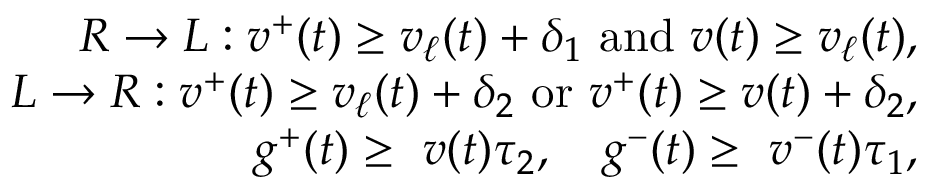
\begin{array} { r } { R \rightarrow L : v ^ { + } ( t ) \geq v _ { \ell } ( t ) + \delta _ { 1 } \ \mathrm { a n d } \ v ( t ) \geq v _ { \ell } ( t ) , } \\ { L \rightarrow R : v ^ { + } ( t ) \geq v _ { \ell } ( t ) + \delta _ { 2 } \ \mathrm { o r } \ v ^ { + } ( t ) \geq v ( t ) + \delta _ { 2 } , } \\ { g ^ { + } ( t ) \geq \ v ( t ) \tau _ { 2 } , \quad g ^ { - } ( t ) \geq \ v ^ { - } ( t ) \tau _ { 1 } , } \end{array}